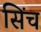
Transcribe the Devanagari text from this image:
सिंच